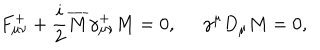
F _ { \mu \nu } ^ { + } + \frac { i } { 2 } \overline { { M } } \gamma _ { \mu \nu } ^ { + } M = 0 , \; \; \gamma ^ { \mu } D _ { \mu } M = 0 ,